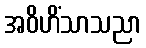
အဝိဟိံသာသညာ